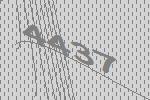
4437